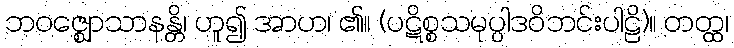
ဘဝဇ္ဈောသာနန္တိ၊ ဟူ၍ အာဟ၊ ၏။ (ပဋိစ္စသမုပ္ပါဒဝိဘင်းပါဠိ)။ တတ္ထ၊